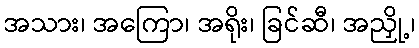
အသား၊ အကြော၊ အရိုး၊ ခြင်ဆီ၊ အညှို့၊